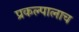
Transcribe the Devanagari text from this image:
प्रकल्पालाच